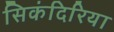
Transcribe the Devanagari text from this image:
सिकंदिरिया